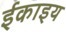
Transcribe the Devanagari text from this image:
ईकाइय